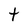
Character: t